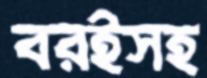
বরইসহ